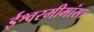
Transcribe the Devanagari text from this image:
ईश्वरमीमांसा